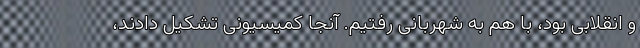
و انقلابی بود، با هم به شهربانی رفتیم. آنجا کمیسیونی تشکیل دادند،